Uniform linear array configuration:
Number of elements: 32
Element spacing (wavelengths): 1
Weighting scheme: binomial
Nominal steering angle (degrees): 0
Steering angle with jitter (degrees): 1.294
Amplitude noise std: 0.05
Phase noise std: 0.05

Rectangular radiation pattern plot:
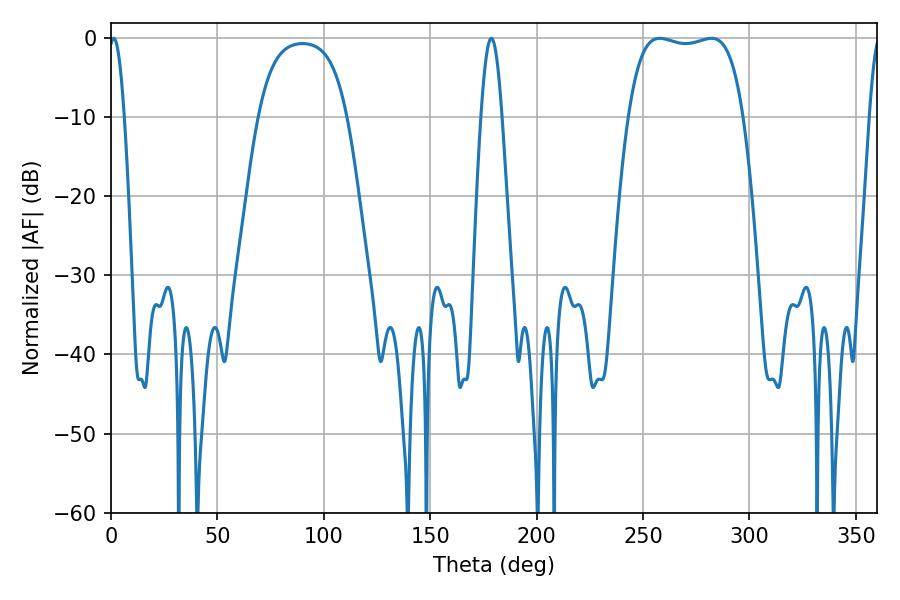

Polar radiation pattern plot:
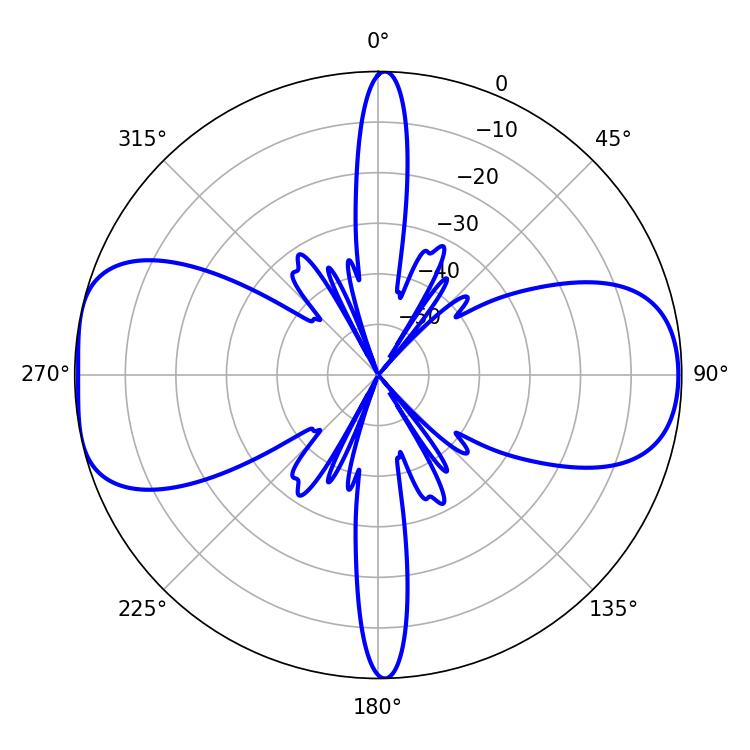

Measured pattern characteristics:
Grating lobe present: TRUE
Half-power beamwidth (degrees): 42.84
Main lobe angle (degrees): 282.24